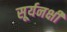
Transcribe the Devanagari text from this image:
सूर्यनक्षी